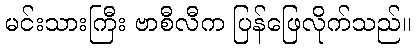
မင်းသားကြီး ဗာစီလီက ပြန်ဖြေလိုက်သည်။